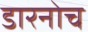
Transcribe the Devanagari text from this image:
डारनोच